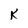
Character: K